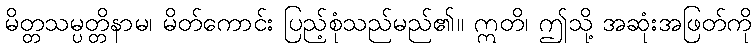
မိတ္တသမ္ပတ္တိနာမ၊ မိတ်ကောင်း ပြည့်စုံသည်မည်၏။ ဣတိ၊ ဤသို့ အဆုံးအဖြတ်ကို